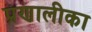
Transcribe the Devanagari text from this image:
प्रणालीका